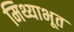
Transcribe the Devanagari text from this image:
मिथ्याभूत